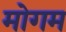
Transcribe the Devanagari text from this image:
मोगम